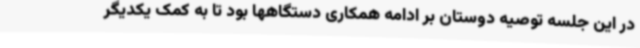
در این جلسه توصیه دوستان بر ادامه همکاری دستگاهها بود تا به کمک یکدیگر